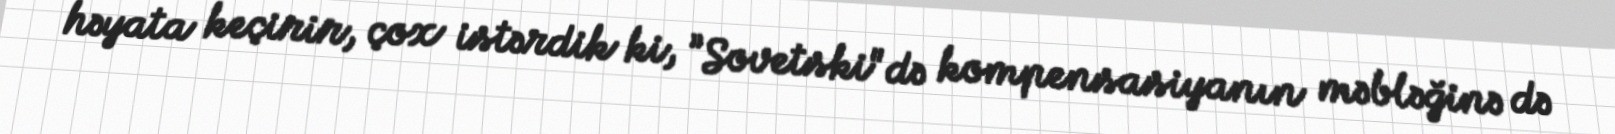
həyata keçirir, çox istərdik ki, ”Sovetski"də kompensasiyanın məbləğinə də